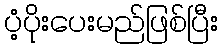
ပံ့ပိုးပေးမည်ဖြစ်ပြီး